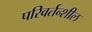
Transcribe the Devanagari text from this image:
परिवर्तन्शील